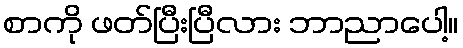
စာကို ဖတ်ပြီးပြီလား ဘာညာပေါ့။